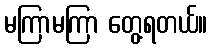
မကြာမကြာ တွေ့ရတယ်။